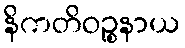
နိကတိဝဉ္စနာယ